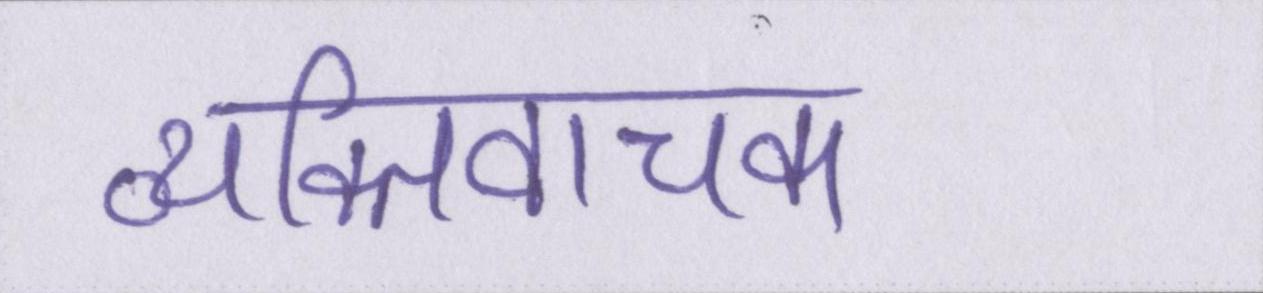
व्यक्तिवाचक